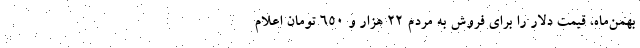
بهمن‌ماه، قیمت دلار را برای فروش به مردم ۲۲ هزار و ۶۵۰ تومان اعلام